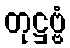
တုဋ္ဌဗ္ဗံ